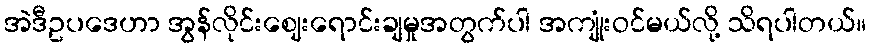
အဲဒီဥပဒေဟာ အွန်လိုင်းဈေးရောင်းချမှုအတွက်ပါ အကျုံးဝင်မယ်လို့ သိရပါတယ်။